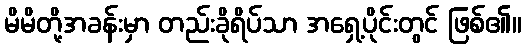
မိမိတို့အခန်းမှာ တည်းခိုရိပ်သာ အရှေ့ပိုင်းတွင် ဖြစ်၏။